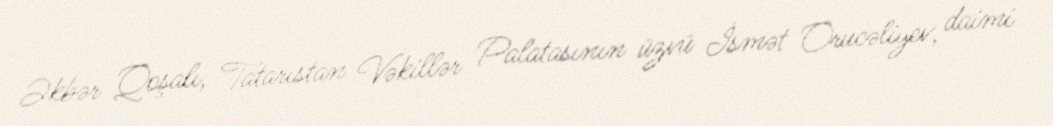
Əkbər Qoşalı, Tatarıstan Vəkillər Palatasının üzvü İsmət Orucəliyev, daimi